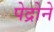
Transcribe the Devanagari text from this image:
पेद्रोने